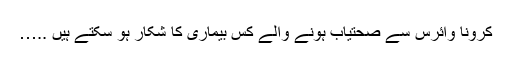
کرونا وائرس سے صحتیاب ہونے والے کس بیماری کا شکار ہو سکتے ہیں ..…